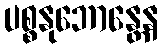
ပစ္စနုဘောန္တေန